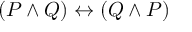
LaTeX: ( P \land Q ) \leftrightarrow ( Q \land P )